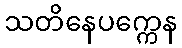
သတိနေပက္ကေန